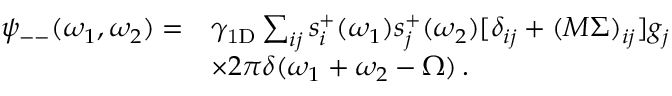
\begin{array} { r l } { \psi _ { -- } ( \omega _ { 1 } , \omega _ { 2 } ) = } & { \gamma _ { \mathrm { 1 D } } \sum _ { i j } s _ { i } ^ { + } ( \omega _ { 1 } ) s _ { j } ^ { + } ( \omega _ { 2 } ) [ \delta _ { i j } + ( M \Sigma ) _ { i j } ] g _ { j } } \\ & { \times 2 \pi \delta ( \omega _ { 1 } + \omega _ { 2 } - \Omega ) \, . } \end{array}